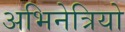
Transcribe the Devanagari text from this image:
अभिनेत्रियो